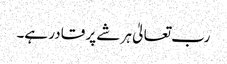
رب تعالیٰ ہر شے پر قادر ہے۔